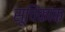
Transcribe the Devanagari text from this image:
सूचिकांक